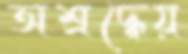
অশ্রদ্ধেয়